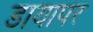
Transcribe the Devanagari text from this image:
डायापर